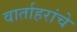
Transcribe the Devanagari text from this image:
वार्ताहरांचे